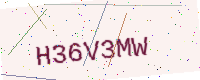
Text: H36V3MW